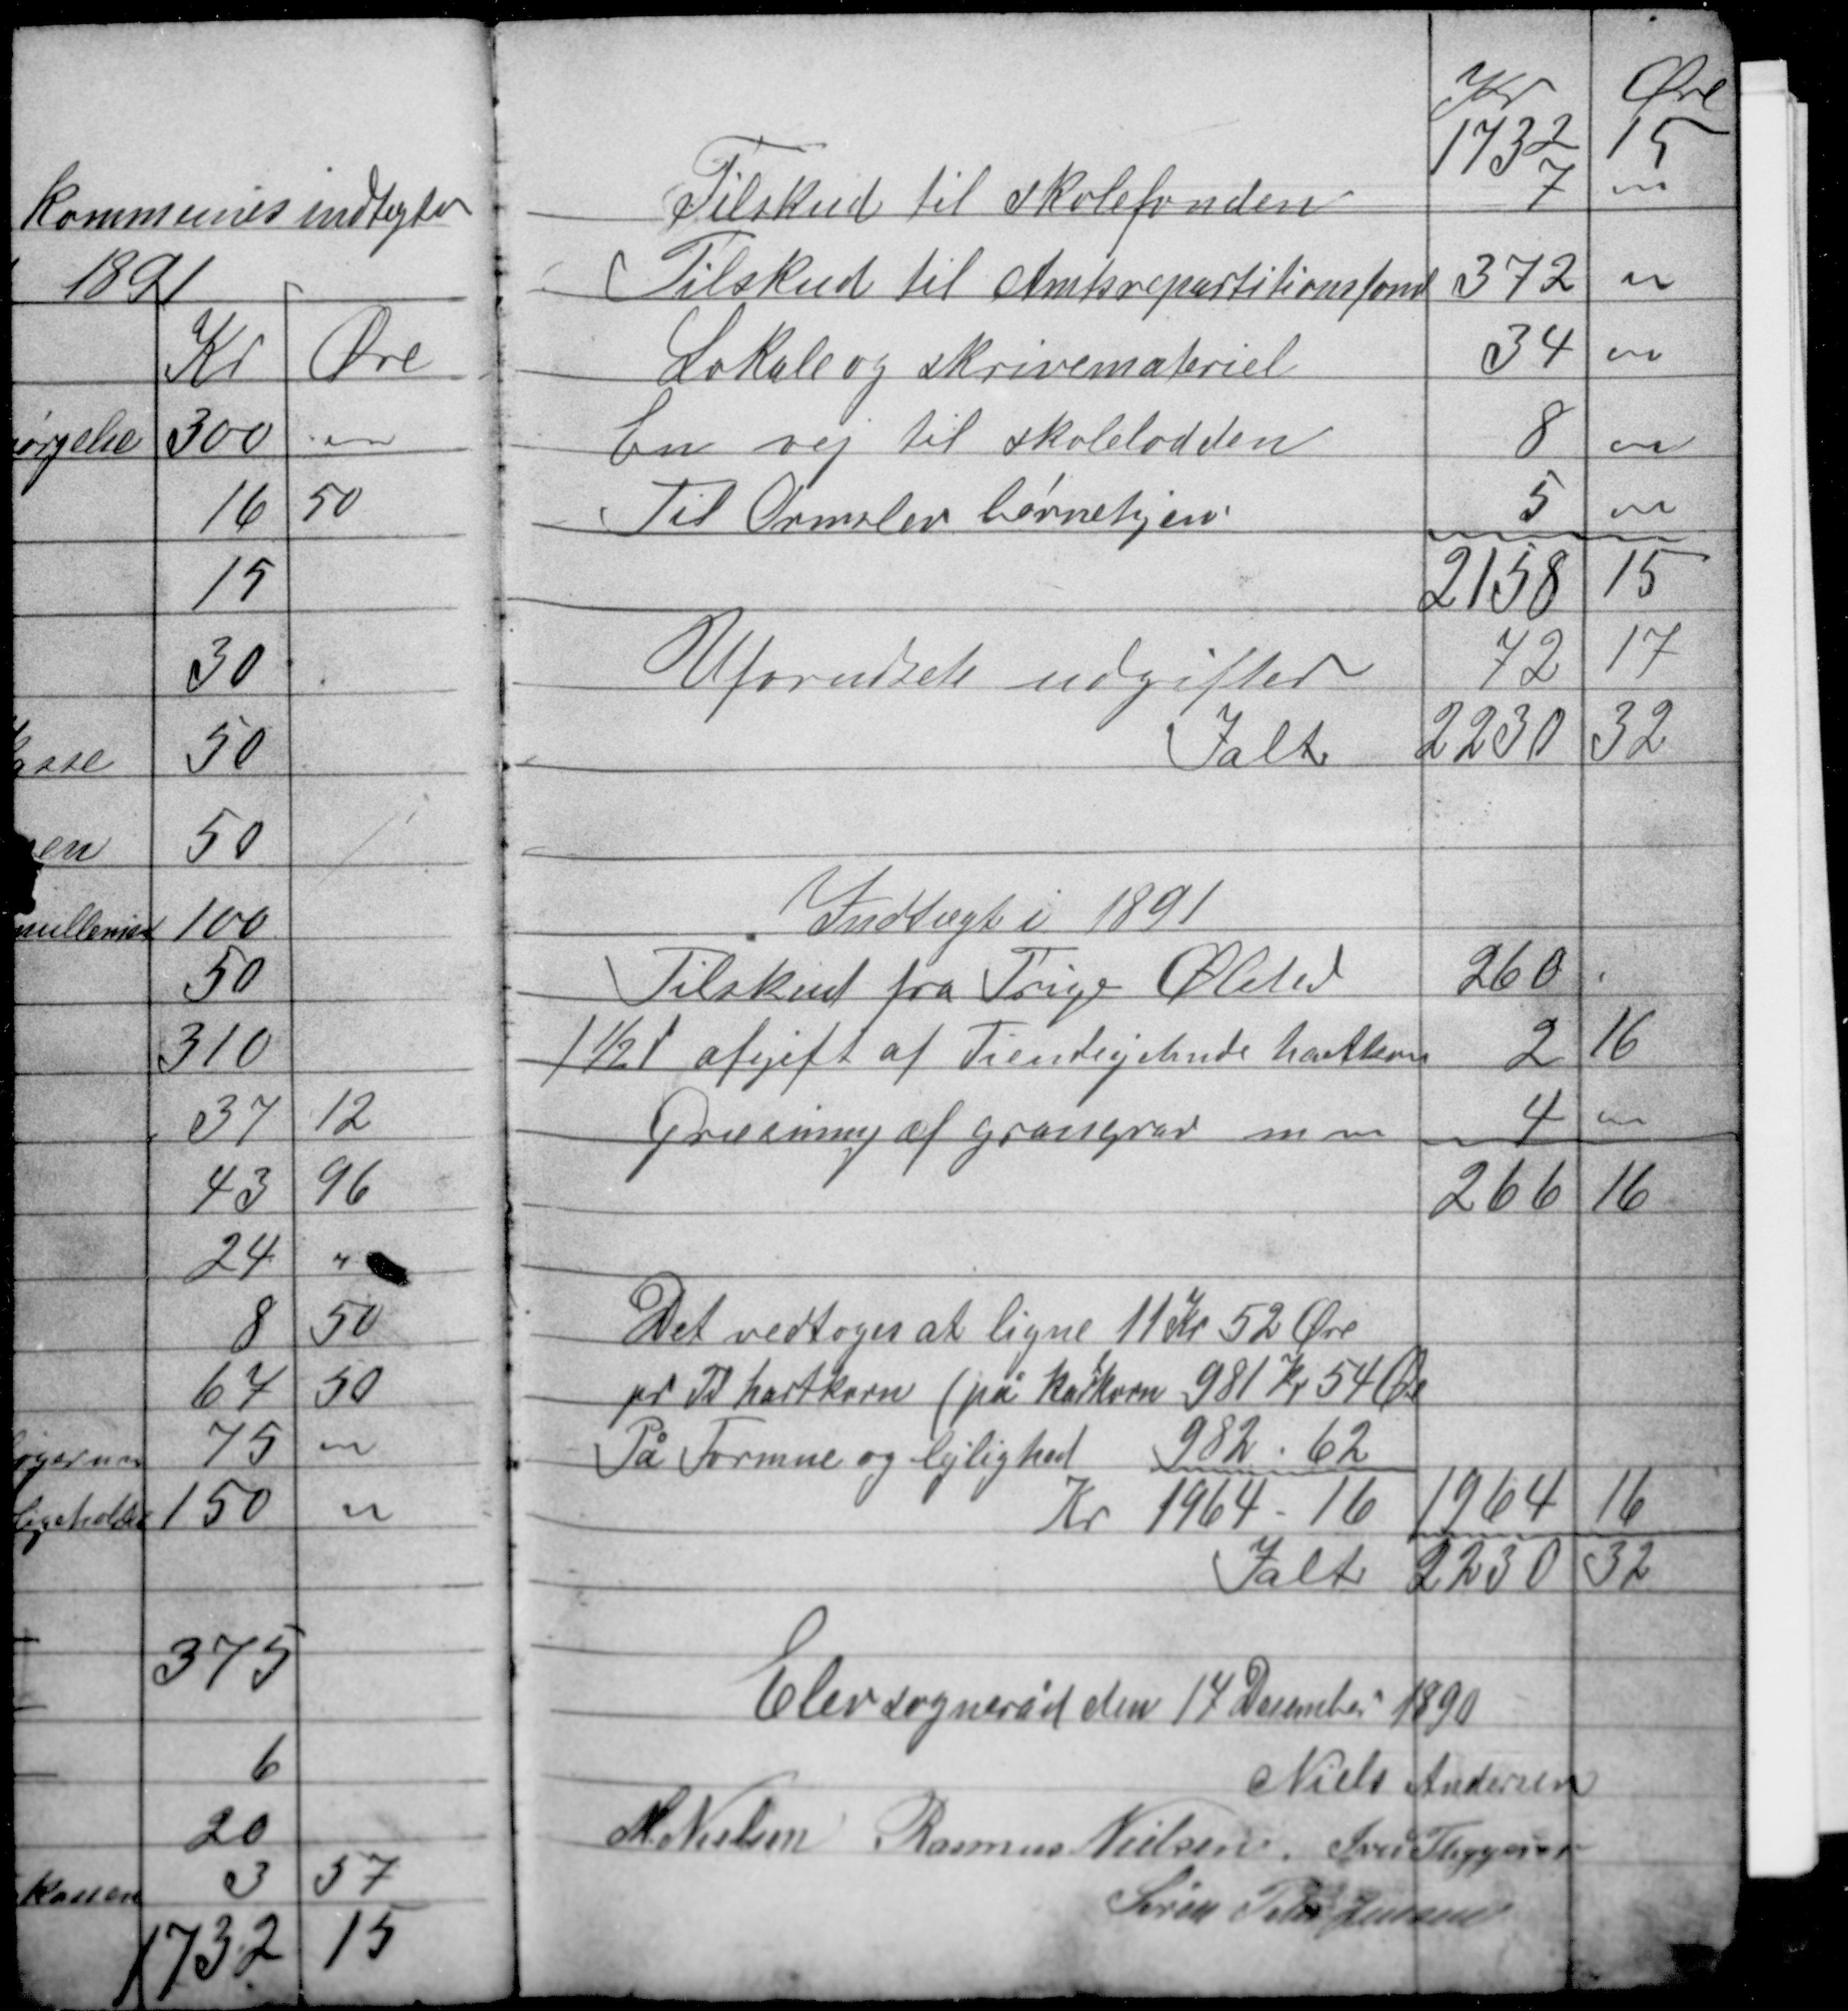
Transskription:
Elev sogneråd den 17 December 1890
Niels Andersen
M. Nielsen Rasmus Nielsen Iver Thygesen
Søren Peter Jensen